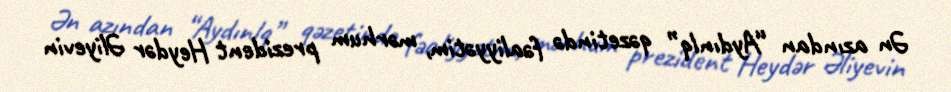
Ən azından “Aydınlq” qəzetində fəaliyyətim, mərhum prezident Heydər Əliyevin